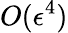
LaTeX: O(\epsilon^{4})